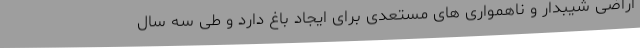
اراضی شیبدار و ناهمواری های مستعدی برای ایجاد باغ دارد و طی سه سال